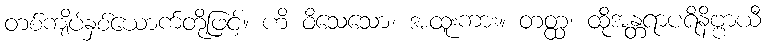
တစ်ကျိပ်နှစ်ယောက်တို့ဖြင့်။ ဟိ ဝိသေသော၊ အထူးကား။ တတ္ထ၊ ထိုအန္တရာပရိနိဗ္ဗာယီ